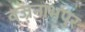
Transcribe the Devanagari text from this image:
वज्रनाभपुर